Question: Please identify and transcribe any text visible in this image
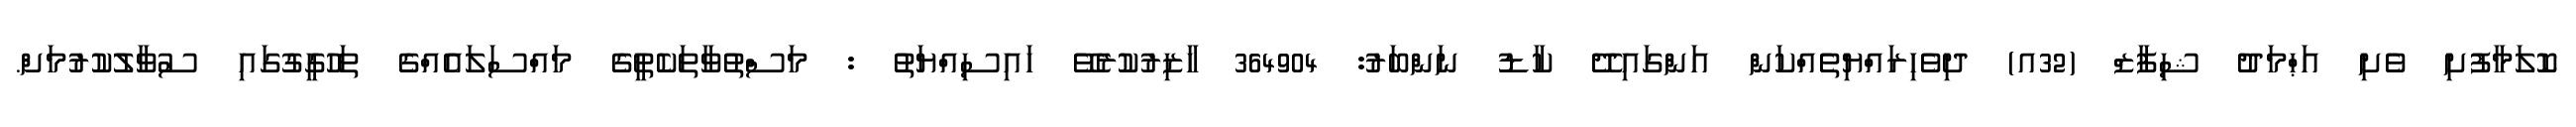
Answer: ކޮލަމާފުށި ވެށި އަޙްމަދު ޝިފާޒް (32އ) ދިވެހިރައްޔިތެއްކަން އަންގައިދޭ ކާޑު ނަންބަރު: 364904 ހާޒިރުކުރެވޭ ހައިސިއްޔަތު : މަސްތުވާތަކެތީގެ މައްސަލައެއްގެ ތަހުގީގުގައި ސުވާލުކުރުމަށް.